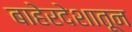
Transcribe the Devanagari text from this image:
बाहेरदेशातून